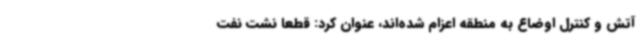
آتش و کنترل اوضاع به منطقه اعزام شده‌اند، عنوان کرد: قطعا نشت نفت